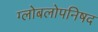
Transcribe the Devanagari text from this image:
ग्लोबलोपनिषद